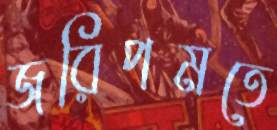
জরিপমতে